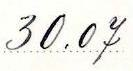
30.07